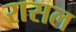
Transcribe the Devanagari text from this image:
रासल